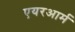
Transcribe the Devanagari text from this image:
एयरआर्म